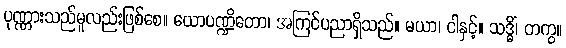
ပုဏ္ဏားသည်မူလည်းဖြစ်စေ။ ယောပဏ္ဍိတော၊ အကြင်ပညာရှိသည်။ မယာ၊ ငါနှင့်။ သဒ္ဓိံ၊ တကွ။